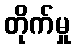
တိုက်မှု